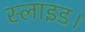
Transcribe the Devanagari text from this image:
स्लाइड।